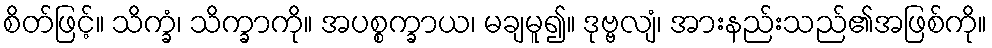
စိတ်ဖြင့်။ သိက္ခံ၊ သိက္ခာကို။ အပစ္စက္ခာယ၊ မချမူ၍။ ဒုဗ္ဗလျံ၊ အားနည်းသည်၏အဖြစ်ကို။